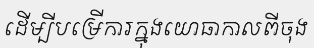
ដើម្បីបម្រើការក្នុងយោធាកាលពីចុង